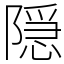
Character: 隠